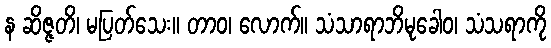
န ဆိဇ္ဇတိ၊ မပြတ်သေး။ တာဝ၊ လောက်။ သံသာရာဘိမုခေါဝ၊ သံသရာကို